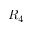
R _ { 4 }